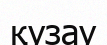
қузау